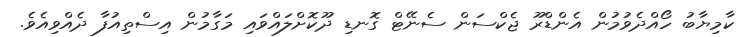
ކާމިޔާބު ހޯއްދެވުމުން އެންޑްރޫ ޖެކްސަން ސެނޭޓް ގޮނޑި ދޫކޮށްލައްވައި މަގާމުން އިސްތިއުފާ ދެއްވިއެވެ.